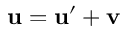
\mathbf { u = u ^ { \prime } + v }